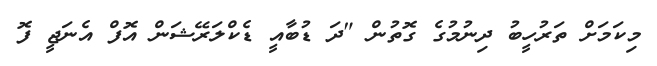
މިކަމަށް ތަރުހީބު ދިނުމުގެ ގޮތުން "ދަ ޑުބާއީ ޑެކްލަރޭޝަން އޮފް އެނަޖީ ފޮ